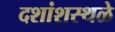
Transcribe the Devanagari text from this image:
दशांशस्थळे